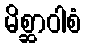
မိစ္ဆာဝါစံ